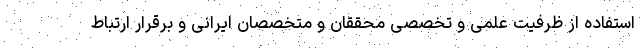
استفاده از ظرفیت علمی و تخصصی محققان و متخصصان ایرانی و برقرار ارتباط